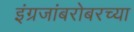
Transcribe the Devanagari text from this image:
इंग्रजांबरोबरच्या